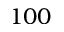
1 0 0